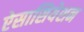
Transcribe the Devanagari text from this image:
ऐसासियेशन